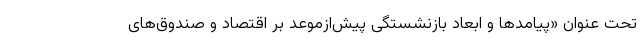
تحت عنوان «پیامدها و ابعاد بازنشستگی پیش‌ازموعد بر اقتصاد و صندوق‌های